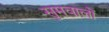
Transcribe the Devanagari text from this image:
सुमवालों